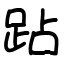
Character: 跕